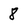
Character: 8